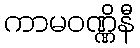
ကာမဝဏ္ဏိနီ